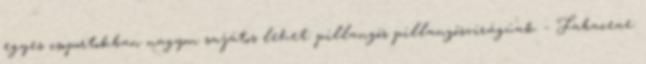
egyes csoportokban nagyon sajátos lehet: pillangós pillangósvirágúak – Fabaceae: